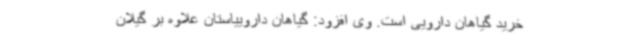
خرید گیاهان دارویی است. وی افزود: گیاهان داروییاستان علاوه بر گیلان